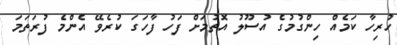
ހުރިހާ ކަމެއް ހިންގުމުގެ އުސޫލު އޮތުމަށް ފަހު ފާހަގަ ކުރެވޭ އެންމެ ފުރަތަމަ